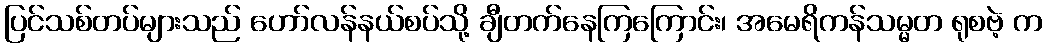
ပြင်သစ်တပ်များသည် ဟော်လန်နယ်စပ်သို့ ချီတက်နေကြကြောင်း၊ အမေရိကန်သမ္မတ ရုစဗဲ့ က